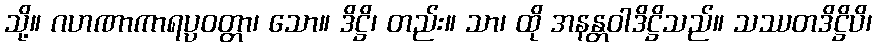
သို့။ ဂဟဏာကာရပ္ပဝတ္တာ၊ သော။ ဒိဋ္ဌိ၊ တည်း။ သာ၊ ထို အနန္တဝါဒိဋ္ဌိသည်။ သဿတဒိဋ္ဌိပိ၊